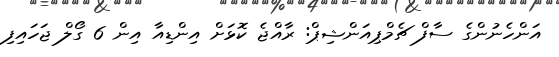
އަންހެނުންގެ ސާފް ޗެމްޕިއަންޝިޕް: ރާއްޖެ ކޮޅަށް އިންޑިއާ އިން 6 ގޯލް ޖަހައިފި